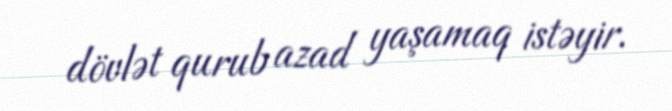
dövlət qurub azad yaşamaq istəyir.